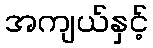
အကျယ်နှင့်